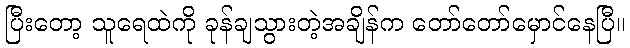
ပြီးတော့ သူရေထဲကို ခုန်ချသွားတဲ့အချိန်က တော်တော်မှောင်နေပြီ။